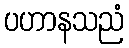
ပဟာနသညံ